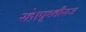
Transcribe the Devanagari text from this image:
रहे।पृथ्वीराज